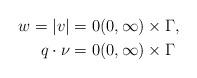
LaTeX: \begin{align*}w = |v| &= 0 (0, \infty) \times \Gamma, \\q \cdot \nu &= 0 (0, \infty) \times \Gamma\end{align*}